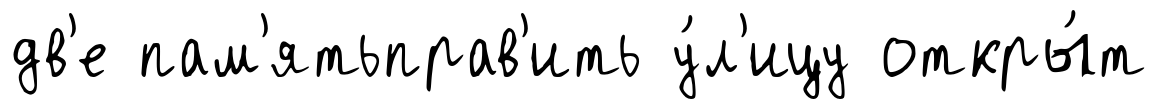
дв'е пам'ятьправ'ить у́л'ицу откры́т